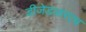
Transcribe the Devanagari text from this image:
डीजेडआरएच